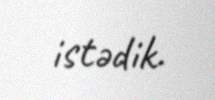
istədik.